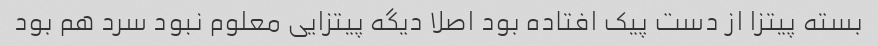
بسته پیتزا از دست پیک افتاده بود اصلا دیگه پیتزایی معلوم نبود سرد هم بود